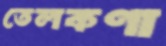
তেলকণা